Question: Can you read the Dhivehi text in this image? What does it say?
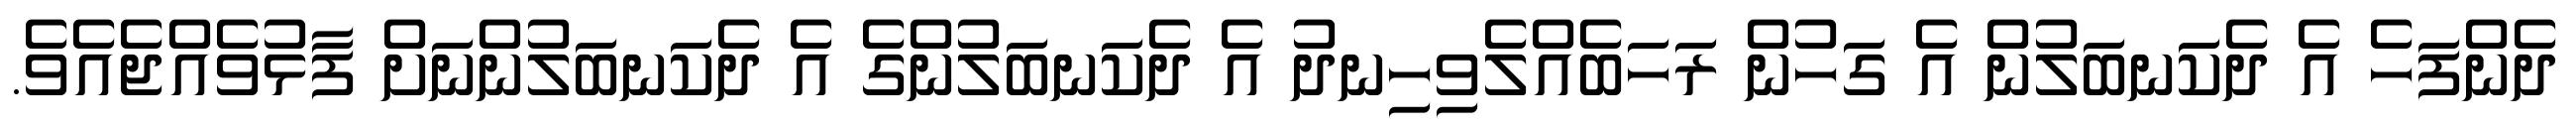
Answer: ދެންފަހެ އެ ދެކަނބަލުން އެ ގަހުން ރަހަބެއްލެވިހިނދު އެ ދެކަނބަލުންގެ އެ ދެކަނބަލުންނަށް ފާޅުވެއްޖެއެވެ.